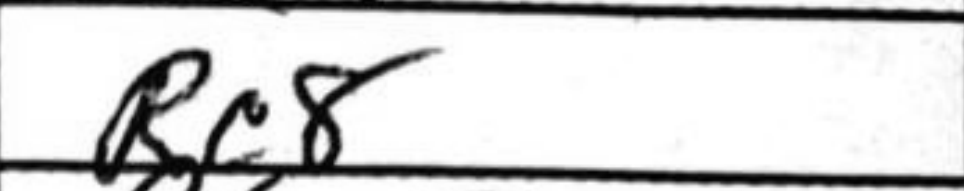
Transcription: Rc8